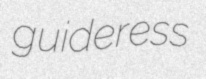
guideress